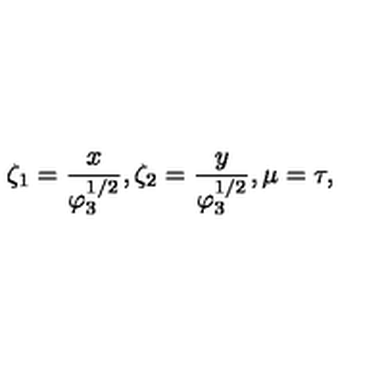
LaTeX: \zeta _ { 1 } = \frac { x } { \varphi _ { 3 } ^ { 1 / 2 } } , \zeta _ { 2 } = \frac { y } { \varphi _ { 3 } ^ { 1 / 2 } } , \mu = \tau ,